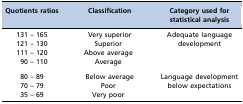
| Quotients ratios | Classification | Category used for statistical analysis |
 | --- | --- | --- |
 | 131 – 165 | Very superior | <ROWSPAN=4> Adequate language development |
 | 121 – 130 | Superior |
 | 111 – 120 | Above average |
 | 90 – 110 | Average |
 | 80 – 89 | Below average | <ROWSPAN=3> Language development below expectations |
 | 70 – 79 | Poor |
 | 35 – 69 | Very poor |